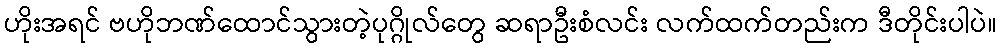
ဟိုးအရင် ဗဟိုဘဏ်ထောင်သွားတဲ့ပုဂ္ဂိုလ်တွေ ဆရာဦးစံလင်း လက်ထက်တည်းက ဒီတိုင်းပါပဲ။